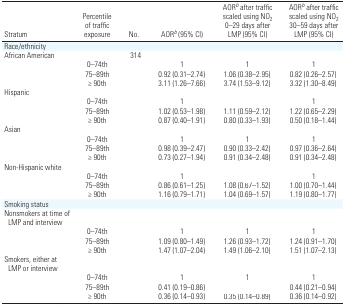
<table><thead><tr><td><b>Stratum</b></td><td><b>Percentile of traffic exposure</b></td><td><b>No.</b></td><td><b>AORb (95% CI)</b></td><td><b>AORb after traffic scaled using NO<sub>2</sub> 0–29 days after LMP (95% CI)</b></td><td><b>AORb after traffic scaled using NO<sub>2</sub> 30–59 days after LMP (95% CI)</b></td></tr></thead><tbody><tr><td colspan="6">Race/ethnicity</td></tr><tr><td>African American</td><td>[EMPTY_CELL]</td><td>314</td><td>[EMPTY_CELL]</td><td>[EMPTY_CELL]</td><td>[EMPTY_CELL]</td></tr><tr><td>[EMPTY_CELL]</td><td>0–74th</td><td>[EMPTY_CELL]</td><td>1</td><td>1</td><td>1</td></tr><tr><td>[EMPTY_CELL]</td><td>75–89th</td><td>[EMPTY_CELL]</td><td>0.92 (0.31–2.74)</td><td>1.06 (0.38–2.95)</td><td>0.82 (0.26–2.57)</td></tr><tr><td>[EMPTY_CELL]</td><td>≥ 90th</td><td>[EMPTY_CELL]</td><td>3.11 (1.26–7.66)</td><td>3.74 (1.53–9.12)</td><td>3.32 (1.30–8.49)</td></tr><tr><td>Hispanic</td><td>[EMPTY_CELL]</td><td>[EMPTY_CELL]</td><td>[EMPTY_CELL]</td><td>[EMPTY_CELL]</td><td>[EMPTY_CELL]</td></tr><tr><td>[EMPTY_CELL]</td><td>0–74th</td><td>[EMPTY_CELL]</td><td>1</td><td>[EMPTY_CELL]</td><td>1</td></tr><tr><td>[EMPTY_CELL]</td><td>75–89th</td><td>[EMPTY_CELL]</td><td>1.02 (0.53–1.98)</td><td>1.11 (0.59–2.12)</td><td>1.22 (0.65–2.29)</td></tr><tr><td>[EMPTY_CELL]</td><td>≥ 90th</td><td>[EMPTY_CELL]</td><td>0.87 (0.40–1.91)</td><td>0.80 (0.33–1.93)</td><td>0.50 (0.18–1.44)</td></tr><tr><td>Asian</td><td>[EMPTY_CELL]</td><td>[EMPTY_CELL]</td><td>[EMPTY_CELL]</td><td>[EMPTY_CELL]</td><td>[EMPTY_CELL]</td></tr><tr><td>[EMPTY_CELL]</td><td>0–74th</td><td>[EMPTY_CELL]</td><td>1</td><td>1</td><td>1</td></tr><tr><td>[EMPTY_CELL]</td><td>75–89th</td><td>[EMPTY_CELL]</td><td>0.98 (0.39–2.47)</td><td>0.90 (0.33–2.42)</td><td>0.97 (0.36–2.64)</td></tr><tr><td>[EMPTY_CELL]</td><td>≥ 90th</td><td>[EMPTY_CELL]</td><td>0.73 (0.27–1.94)</td><td>0.91 (0.34–2.48)</td><td>0.91 (0.34–2.48)</td></tr><tr><td>Non-Hispanic white</td><td>[EMPTY_CELL]</td><td>[EMPTY_CELL]</td><td>[EMPTY_CELL]</td><td>[EMPTY_CELL]</td><td>[EMPTY_CELL]</td></tr><tr><td>[EMPTY_CELL]</td><td>0–74th</td><td>[EMPTY_CELL]</td><td>1</td><td>[EMPTY_CELL]</td><td>1</td></tr><tr><td>[EMPTY_CELL]</td><td>75–89th</td><td>[EMPTY_CELL]</td><td>0.86 (0.61–1.25)</td><td>1.08 (0.67–1.52)</td><td>1.00 (0.70–1.44)</td></tr><tr><td>[EMPTY_CELL]</td><td>≥ 90th</td><td>[EMPTY_CELL]</td><td>1.16 (0.79–1.71)</td><td>1.04 (0.69–1.57)</td><td>1.19 (0.80–1.77)</td></tr><tr><td colspan="6">Smoking status</td></tr><tr><td>Nonsmokers at time of LMP and interview</td><td>[EMPTY_CELL]</td><td>[EMPTY_CELL]</td><td>[EMPTY_CELL]</td><td>[EMPTY_CELL]</td><td>[EMPTY_CELL]</td></tr><tr><td>[EMPTY_CELL]</td><td>0–74th</td><td>[EMPTY_CELL]</td><td>1</td><td>1</td><td>1</td></tr><tr><td>[EMPTY_CELL]</td><td>75–89th</td><td>[EMPTY_CELL]</td><td>1.09 (0.80–1.49)</td><td>1.26 (0.93–1.72)</td><td>1.24 (0.91–1.70)</td></tr><tr><td>[EMPTY_CELL]</td><td>≥ 90th</td><td>[EMPTY_CELL]</td><td>1.47 (1.07–2.04)</td><td>1.49 (1.06–2.10)</td><td>1.51 (1.07–2.13)</td></tr><tr><td>Smokers, either at LMP or interview</td><td>[EMPTY_CELL]</td><td>[EMPTY_CELL]</td><td>[EMPTY_CELL]</td><td>[EMPTY_CELL]</td><td>[EMPTY_CELL]</td></tr><tr><td>[EMPTY_CELL]</td><td>0–74th</td><td>[EMPTY_CELL]</td><td>1</td><td>1</td><td>1</td></tr><tr><td>[EMPTY_CELL]</td><td>75–89th</td><td>[EMPTY_CELL]</td><td>0.41 (0.19–0.86)</td><td>[EMPTY_CELL]</td><td>0.44 (0.21–0.94)</td></tr><tr><td>[EMPTY_CELL]</td><td>≥ 90th</td><td>[EMPTY_CELL]</td><td>0.36 (0.14–0.93)</td><td>0.35 (0.14–0.89)</td><td>0.36 (0.14–0.92)</td></tr></tbody></table>